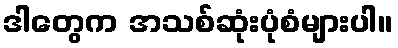
ဒါတွေက အသစ်ဆုံးပုံစံများပါ။